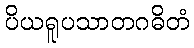
ပိယရူပသာတဂဓိတံ